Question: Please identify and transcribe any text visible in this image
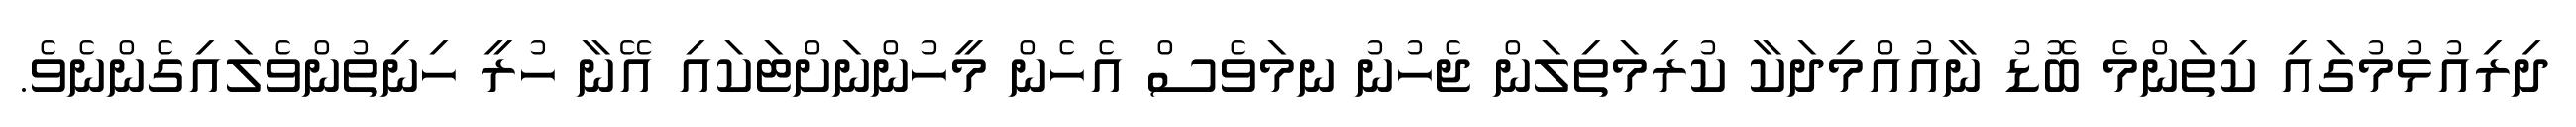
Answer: ދިރިއުޅުމުގައި ކިތަންމެ ބޮޑު ނާއުއްމިދަކާ ކުރިމަތިލަން ޖެހުނު ނމަވެސް އެހެން މީހުންނަށްޓަކައި އޭނާ ހުރީ ހިނިތުންވެލައިގެންނެވެ.